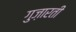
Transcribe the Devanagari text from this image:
गुज़ारती